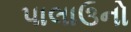
પાલાઉનો